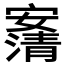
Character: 𰍠